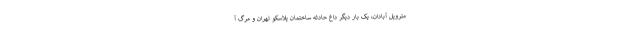
متروپل آبادان، یک بار دیگر داغ حادثه ساختمان پلاسکو تهران و مرگ آ